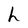
Character: h